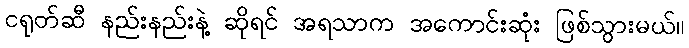
ငရုတ်ဆီ နည်းနည်းနဲ့ ဆိုရင် အရသာက အကောင်းဆုံး ဖြစ်သွားမယ်။